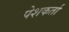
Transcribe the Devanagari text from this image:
पेशकर्ता